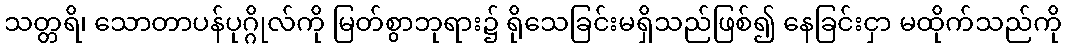
သတ္တရိ၊ သောတာပန်ပုဂ္ဂိုလ်ကို မြတ်စွာဘုရား၌ ရိုသေခြင်းမရှိသည်ဖြစ်၍ နေခြင်းငှာ မထိုက်သည်ကို